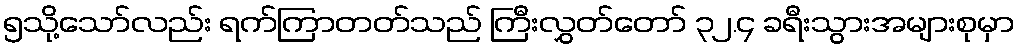
၅သို့သော်လည်း ရက်ကြာတတ်သည် ကြီးလွှတ်တော် ၃၂.၄ ခရီးသွားအများစုမှာ